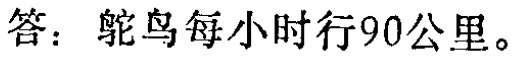
答：鸵鸟每小时行90公里。